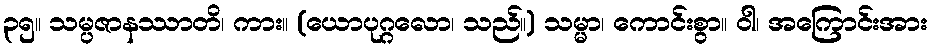
၃၅။ သမ္ပဇာနဿာတိ၊ ကား။ (ယောပုဂ္ဂလော၊ သည်။) သမ္မာ၊ ကောင်းစွာ။ ဝါ၊ အကြောင်းအား